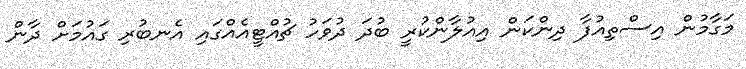
މަގާމުން އިސްތިއުފާ ދިންކަން އިއުލާންކުރީ ބުދަ ދުވަހު ޗުއްޓީއެއްގައި އެނބުރި ގައުމަށް ދާން